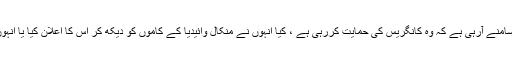
فکروخبر : کنیرا مسلم خلیج کونسل کے سلسلہ میں یہ بات سامنے آرہی ہے کہ وہ کانگریس کی حمایت کررہی ہے ، کیا انہوں نے منکال وائیدیا کے کاموں کو دیکھ کر اس کا اعلان کیا یا انہوں نے صرف کانگریس کی پارٹی کی حمایت کا اعلان کیا؟